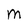
Character: M